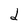
Character: d